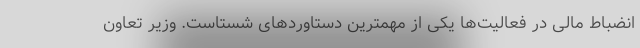
انضباط مالی در فعالیت‌ها یکی از مهمترین دستاوردهای شستاست. وزیر تعاون